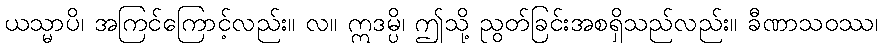
ယသ္မာပိ၊ အကြင်ကြောင့်လည်း။ လ။ ဣဒမ္ပိ၊ ဤသို့ ညွတ်ခြင်းအစရှိသည်လည်း။ ခီဏာသဝဿ၊